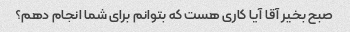
صبح بخیر آقا آیا کاری هست که بتوانم برای شما انجام دهم؟